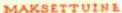
MAKSETTUINA